Bréfritari: Jón Jónsson
Viðtakandi: Jón Borgfirðings Jónsson
Dagsetning: A-1866-12-19
Skrifað á: Geldingaá  Borg.

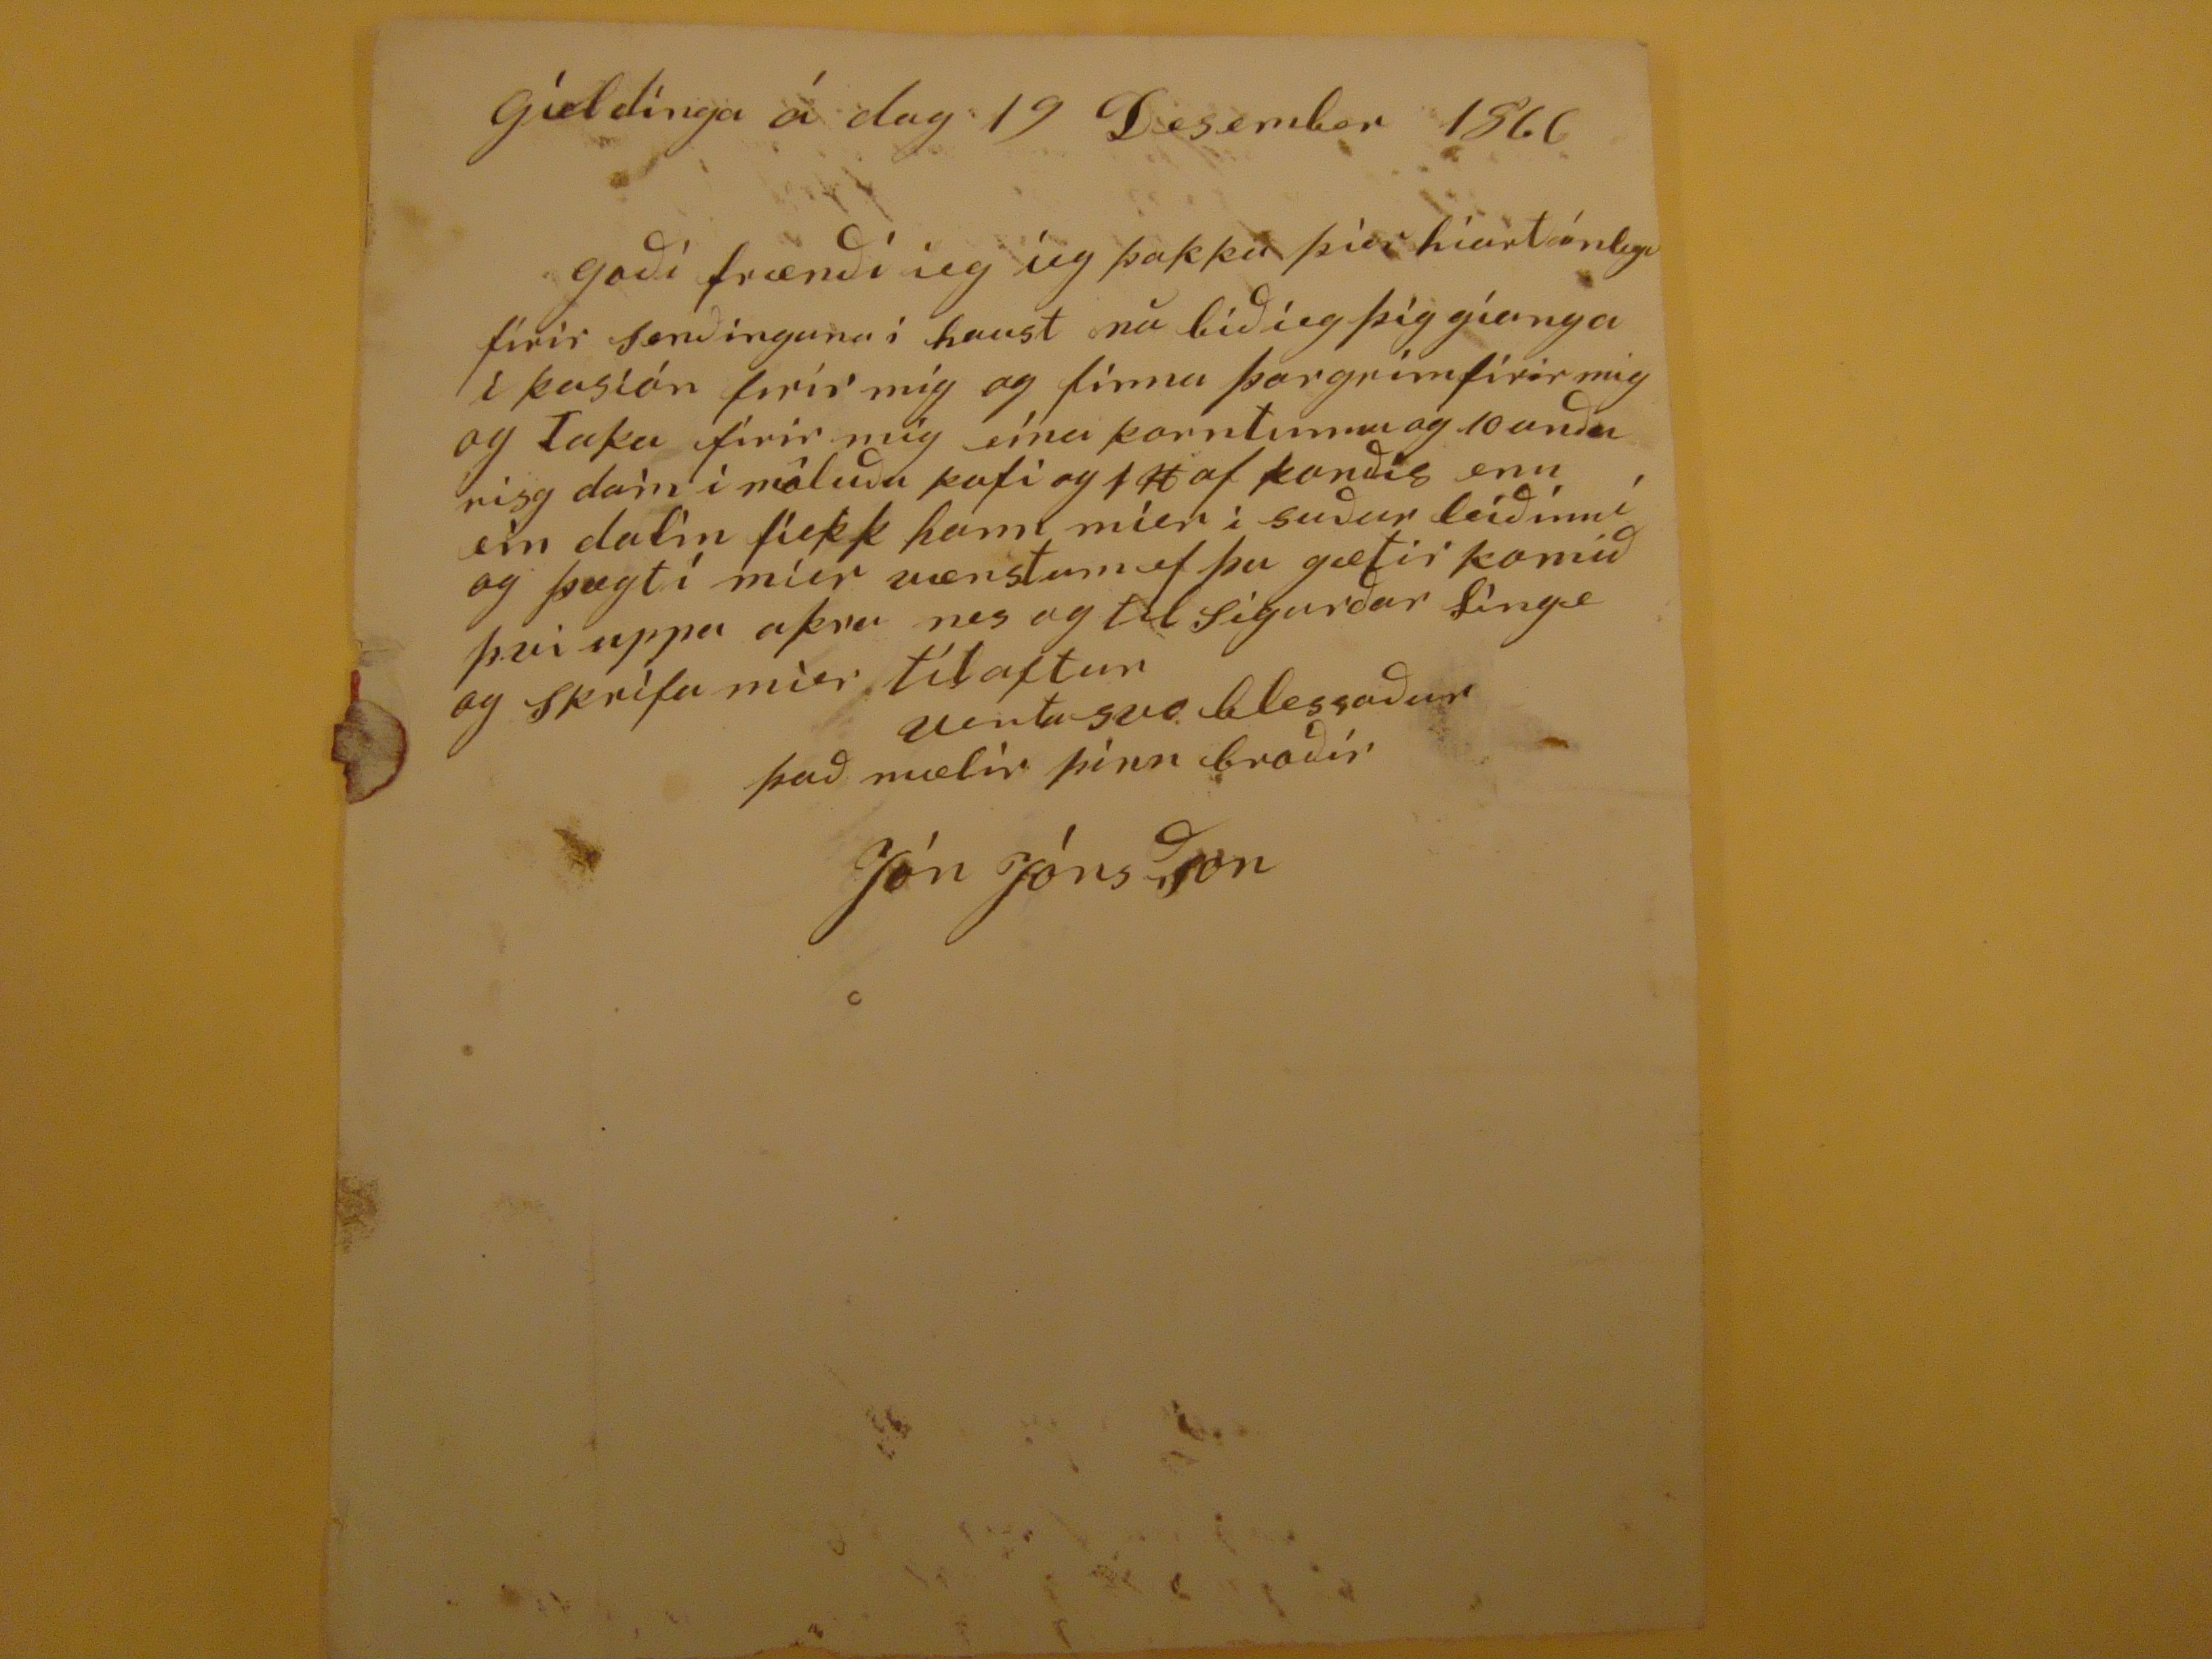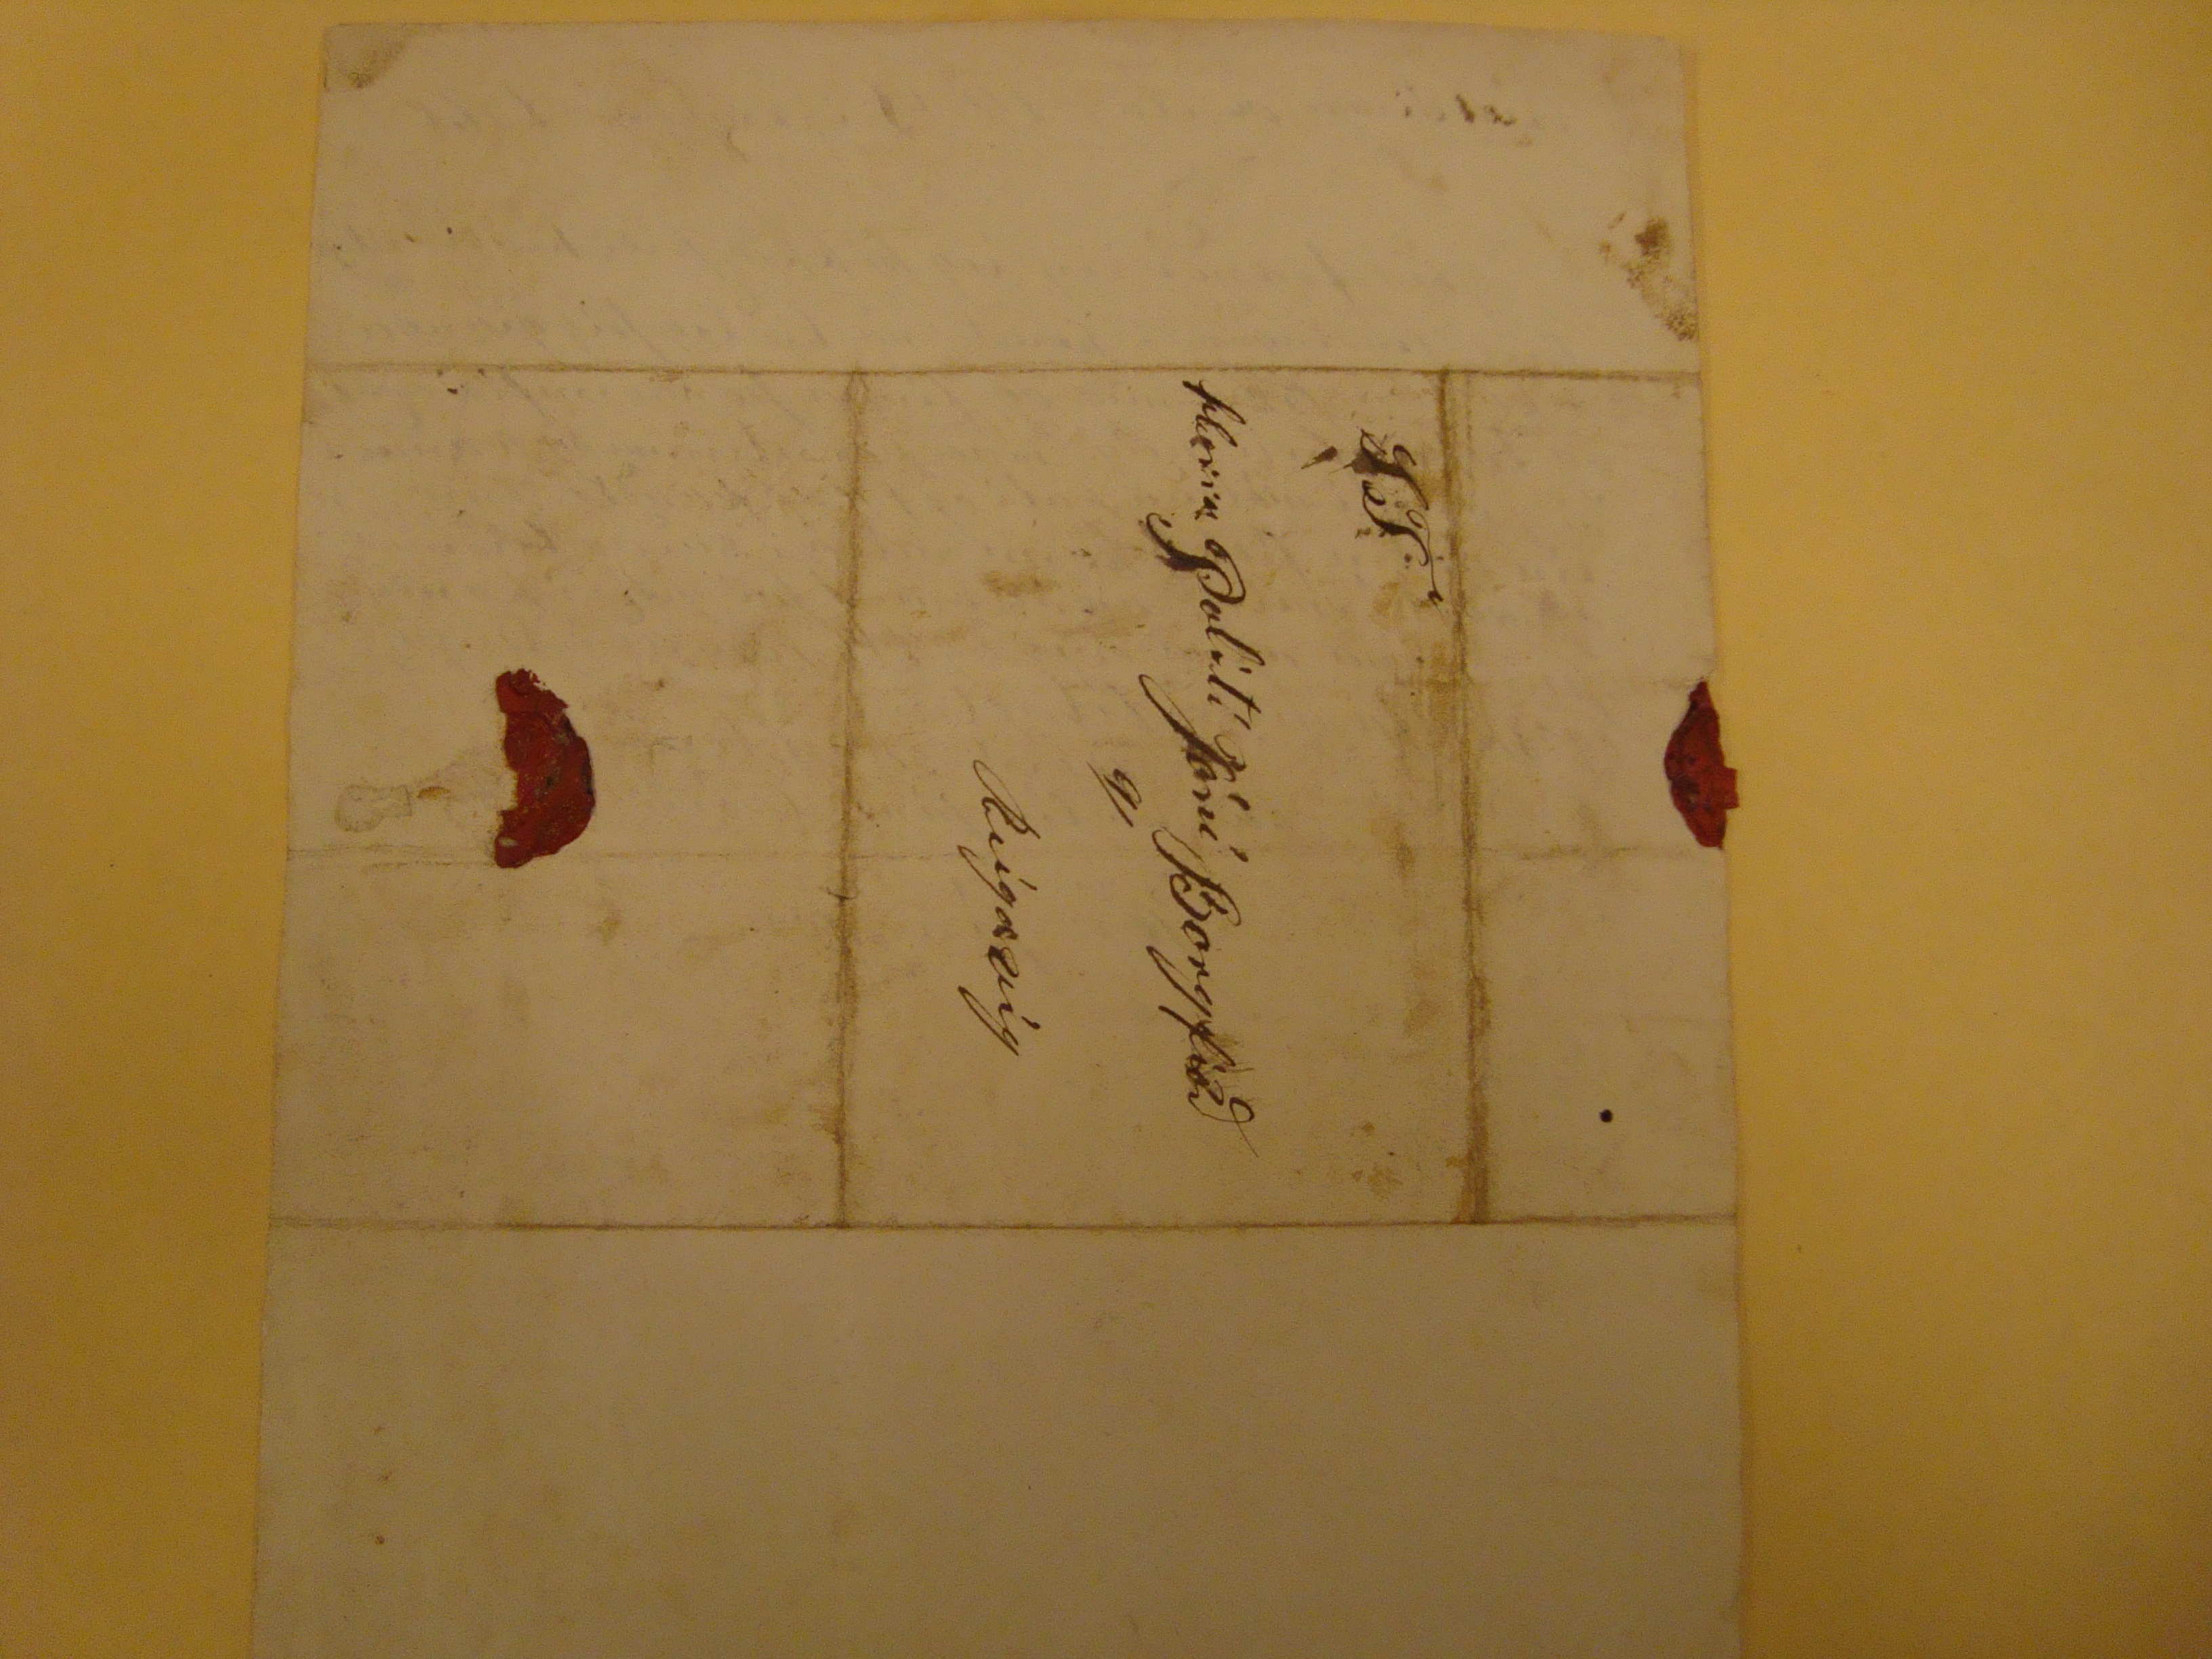

gíeldínga á dag 19 Desember 1866
goði frænði ieg íeg þakka þier hiartánlega firir senðinguna í haust nú biðieg þig gianga i kasíón firir mig og finna þorgrímfirir mig og taka firir mig eína korntunnu og 10
unðu risg dain i máluðum kofi
og 1# af konðis enn ein datin fiekk hann mier i suður leiðinni og þægti mier væntum ef þu gætir komið þvi uppa akra nes og til sigurðar Linge og skrifa mier til aftur
vertu sov blessaður það mælir þinn broðir
Jón Jónsson
ST
Herra Polití Jóní Borgfiörð
a/
Reígavíg